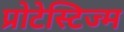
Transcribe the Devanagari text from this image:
प्रोटेस्टिज्म